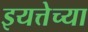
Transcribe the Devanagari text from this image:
इयत्तेच्या